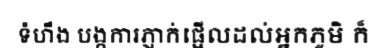
ទំហឹង បង្កការភ្ញាក់ផ្អើលដល់អ្នកភូមិ ក៏